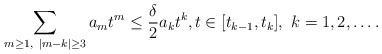
LaTeX: \begin{align*}\sum_{m\ge 1,\ |m-k|\ge 3} a_m t^m\le \frac{\delta}{2} a_k t^k, t\in [t_{k-1}, t_k],\ k=1,2,\dots.\end{align*}